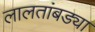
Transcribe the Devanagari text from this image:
लालतांबड्या